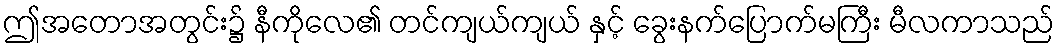
ဤအတောအတွင်း၌ နီကိုလေ၏ တင်ကျယ်ကျယ် နှင့် ခွေးနက်ပြောက်မကြီး မီလကာသည်